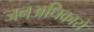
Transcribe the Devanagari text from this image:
जनअधिकारों